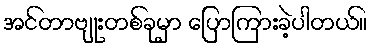
အင်တာဗျုးတစ်ခုမှာ ပြောကြားခဲ့ပါတယ်။